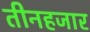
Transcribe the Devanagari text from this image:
तीनहजार